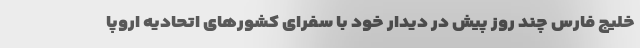
خلیج فارس چند روز پیش در دیدار خود با سفرای کشورهای اتحادیه اروپا